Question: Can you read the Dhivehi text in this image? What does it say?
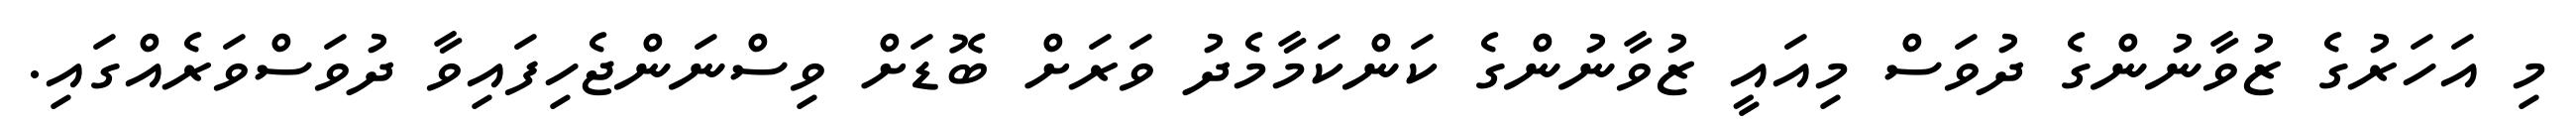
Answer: މި އަހަރުގެ ޒުވާނުންގެ ދުވަސް މިއައީ ޒުވާނުންގެ ކަންކަމާމެދު ވަރަށް ބޮޑަށް ވިސްނަންޖެހިފައިވާ ދުވަސްވަރެއްގައި.